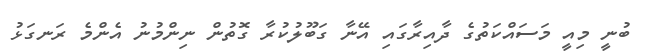
ބުނީ މިއީ މަސައްކަތުގެ ދާއިރާގައި އޭނާ ގަބޫލުކުރާ ގޮތުން ނިންމުނު އެންމެ ރަނގަޅު